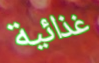
غذائية